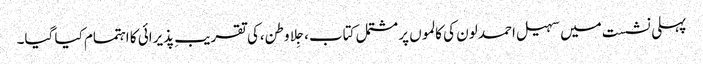
پہلی نشست میں سہیل احمد لون کی کالموں پر مشتمل کتاب،جِلا وطن،کی تقریبِ پذیرائی کا اہتمام کیا گیا۔